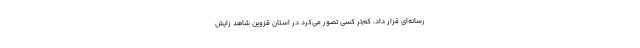
رسانه‌‌ای قرار داد. کم‌تر کسی تصور می‌کرد در استان قزوین شاهد زایش